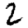
Digit: 2